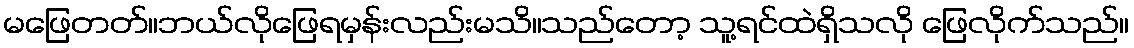
မဖြေတတ်။ဘယ်လိုဖြေရမှန်းလည်းမသိ။သည်တော့ သူ့ရင်ထဲရှိသလို ဖြေလိုက်သည်။